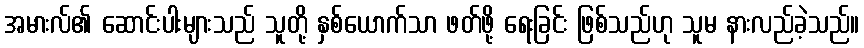
အမားလ်၏ ဆောင်းပါးများသည် သူတို့ နှစ်ယောက်သာ ဖတ်ဖို့ ရေးခြင်း ဖြစ်သည်ဟု သူမ နားလည်ခဲ့သည်။